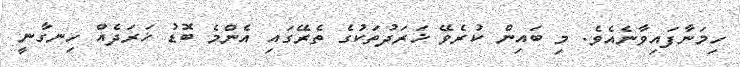
ހިމަނާފައިވާނެއެވެ. މި ބައިން ކުރެވޭ ޚަރަދުތަކުގެ ތެރޭގައި އެންމެ ބޮޑު ޚަރަދެއް ހިނގާނީ